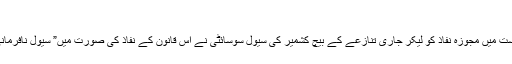
- نمائندہ تفصیلات, جون 30, 2017
سرینگر// نئے ٹیکس قانون جی ایس ٹی کے ریاست میں مجوزہ نفاذ کو لیکر جاری تنازعے کے بیچ کشمیر کی سیول سوسائٹی نے اس قانون کے نفاذ کی صورت میں” سیول نافرمانی کی تحریک“شروع کرنے کی دھمکی دی ہے۔